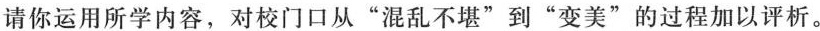
请你运用所学内容，对校门口从”混乱不堪”到”变美”的过程加以评析。